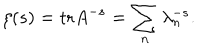
\zeta ( s ) = \mathrm { t r } A ^ { - s } = \sum _ { n } \lambda _ { n } ^ { - s } .